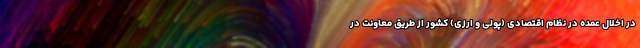
در اخلال عمده در نظام اقتصادی (پولی و ارزی) کشور از طریق معاونت در